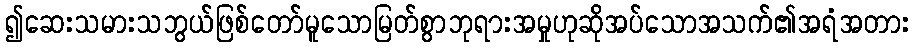
၍ဆေးသမားသဘွယ်ဖြစ်တော်မူသောမြတ်စွာဘုရားအမှုဟုဆိုအပ်သောအသက်၏အရံအတား